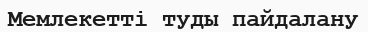
Мемлекетті туды пайдалану